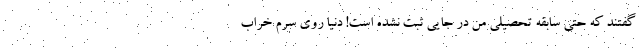
گفتند که حتی سابقه تحصیلی من در جایی ثبت نشده است! دنیا روی سرم خراب